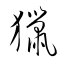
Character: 獵